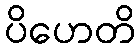
ပိဟေတိ